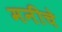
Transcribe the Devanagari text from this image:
मनीचे